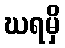
ဃရမှိ